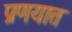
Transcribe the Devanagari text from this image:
प्रणयात